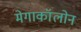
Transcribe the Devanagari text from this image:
मेगाकॉलोन